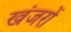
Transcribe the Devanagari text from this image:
खंजरों